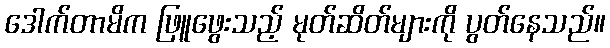
ဒေါက်တာမိက ဖြူဖွေးသည့် မုတ်ဆိတ်များကို ပွတ်နေသည်။